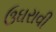
ઉઘરાવી